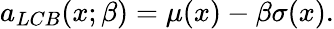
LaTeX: a_{LCB}(x;\beta)=\mu(x)-\beta\sigma(x).